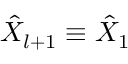
{ \hat { X } } _ { l + 1 } \equiv { \hat { X } } _ { 1 }